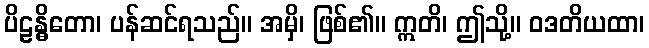
ပိဠန္ဓိတော၊ ပန်ဆင်ရသည်။ အမှိ၊ ဖြစ်၏။ ဣတိ၊ ဤသို့။ ဝဒတိယထာ၊